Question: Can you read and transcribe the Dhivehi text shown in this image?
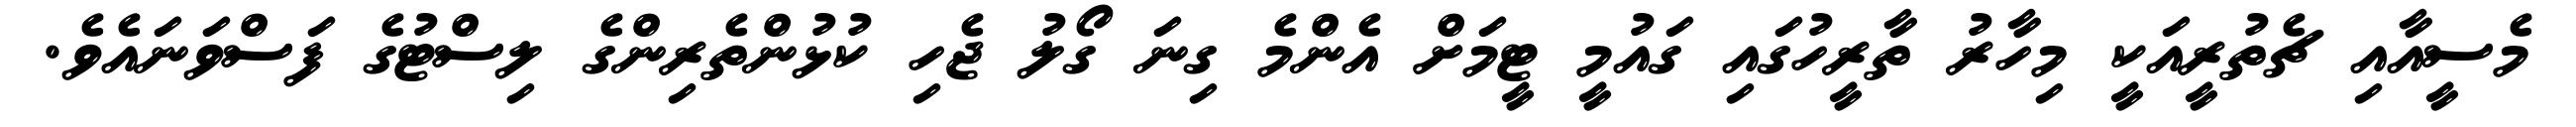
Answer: މެސީއާއި ޗެތުރީއަކީ މިހާރު ތާރީހުގައި ގައުމީ ޓީމަށް އެންމެ ގިނަ ގޯލު ޖެހި ކުޅުންތެރިންގެ ލިސްޓުގެ ފަސްވަނައެވެ.